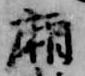
廂